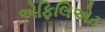
એફિલિએટ